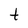
Character: t